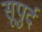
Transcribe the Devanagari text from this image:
सूपुर्द